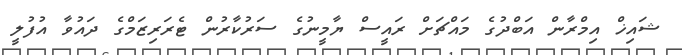
ޝައިޚް އިމްރާން އަބްދުގެ މައްޗަށް ރައީސް ޔާމީނުގެ ސަރުކާރުން ޓެރަރިޒަމްގެ ދައުވާ އުފުލީ